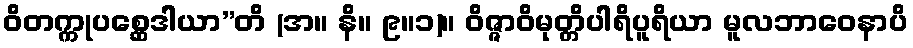
ဝိတက္ကုပစ္ဆေဒါယာ”တိ (အ။ နိ။ ၉။၁)။ ဝိဇ္ဇာဝိမုတ္တိပါရိပူရိယာ မူလဘာဝေနာပိ